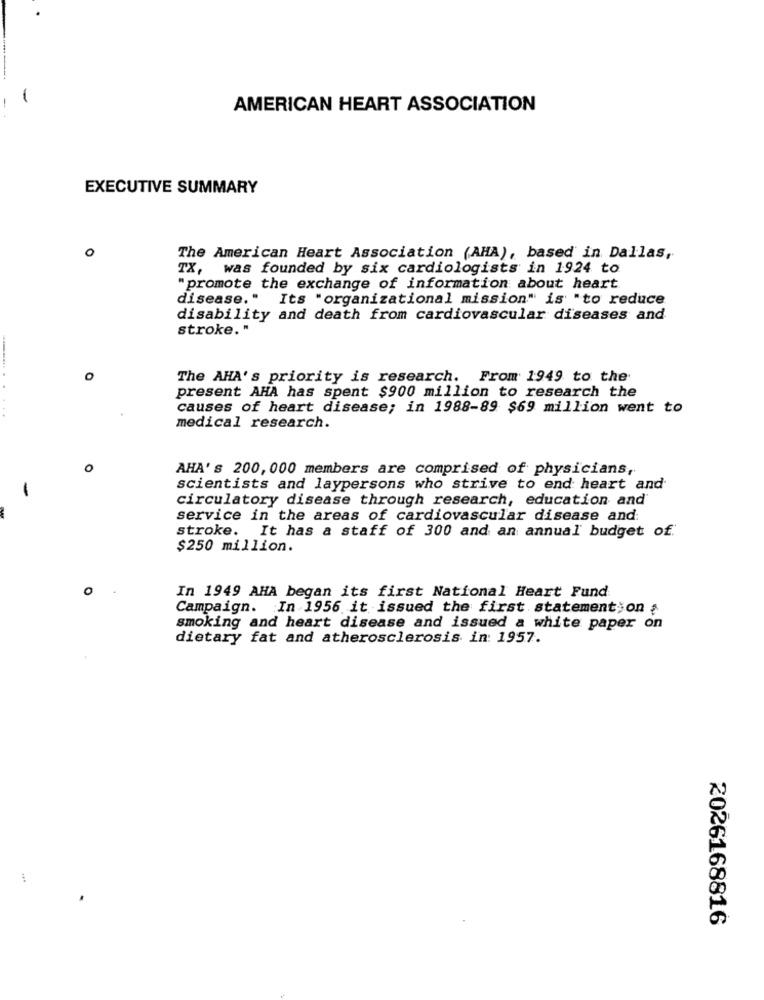
AMERICAN HEART ASSOCIATION
EXECUTIVE SUMMARY
0
The American Heart Association (AHA), based in Dallas,
TX, was founded by six cardiologists in 1924 to
"promote the exchange of information about heart
disease." Its "organizational mission" is "to reduce
disability and death from cardiovascular diseases and
stroke. "
o
The AHA's priority is research. From 1949 to the
present AHA has spent $900 million to research the
causes of heart disease; in 1988-89 $69 million went to
. . 4
medical research.
0
AHA' s 200, 000 members are comprised of physicians,
-
scientists and laypersons who strive to end heart and
circulatory disease through research, education and
service in the areas of cardiovascular disease and:
stroke. It has a staff of 300 and an annual budget of.
$250 million.
O
In 1949 AHA began its first National Heart Fund
Campaign. In 1956 it issued the first statement; on ;
smoking and heart disease and issued a white paper on
dietary fat and atherosclerosis in: 1957.
2026168816